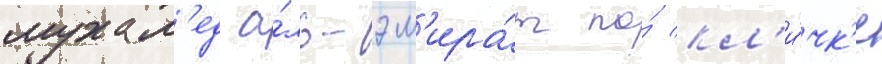
мухам'ед а́ль-эм'ира́т по́ кл'и́чк'е